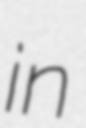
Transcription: in